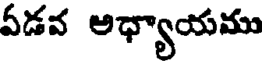
ఏడవ అధ్యాయము